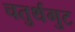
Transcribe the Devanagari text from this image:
चतुर्थगुट